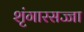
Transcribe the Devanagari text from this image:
शृंगारसज्जा